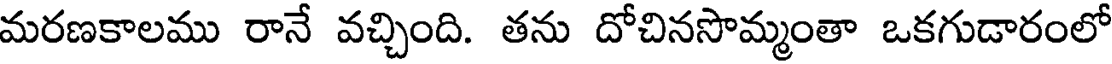
మరణకాలము రానే వచ్చింది. తను దోచినసొమ్మంతా ఒకగుడారంలో